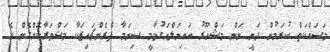
މަސައްކަތް ކުރަމުން ދަނީ ނަން މަޝްހޫރު ބައިނަލްއަގުވާމީ ސިނަމާ ފްރެންޗައިޒަކާ މަޝްވަރާކޮށްގެން އެ